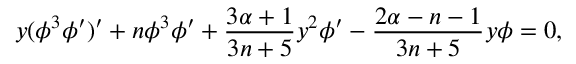
y ( \phi ^ { 3 } \phi ^ { \prime } ) ^ { \prime } + n \phi ^ { 3 } \phi ^ { \prime } + \frac { 3 \alpha + 1 } { 3 n + 5 } y ^ { 2 } \phi ^ { \prime } - \frac { 2 \alpha - n - 1 } { 3 n + 5 } y \phi = 0 ,